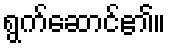
ရွက်ဆောင်၏။